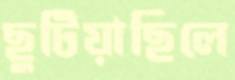
ছুটিয়াছিলে